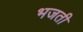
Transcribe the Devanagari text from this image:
भजती